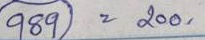
989 = 200